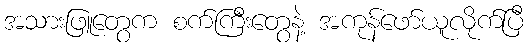
အသားဖြူတွေက စက်ကြီးတွေနဲ့ အကုန်ဖော်ယူလိုက်ပြီ